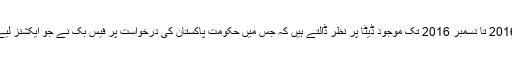
آخر میں فیس بک پر موجود جولائی 2016 تا دسمبر 2016 تک موجود ڈیٹا پر نظر ڈالتے ہیں کہ جس میں حکومت پاکستان کی درخواست پر فیس بک نے جو ایکشنز لیے ہیں انکی مختصر تفصیل موجود ہے۔